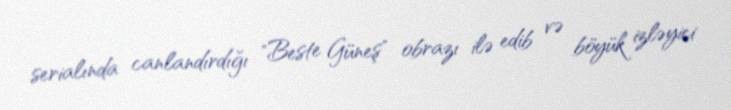
serialında canlandırdığı "Beste Güneş" obrazı ilə edib və böyük izləyici